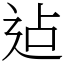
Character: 迠